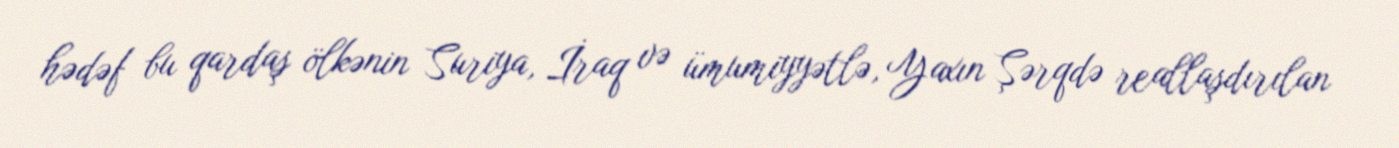
hədəf bu qardaş ölkənin Suriya, İraq və ümumiyyətlə, Yaxın Şərqdə reallaşdırılan